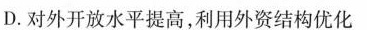
D.对外开放水平提高，利用外资结构优化